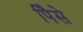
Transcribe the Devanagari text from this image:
पैिसे